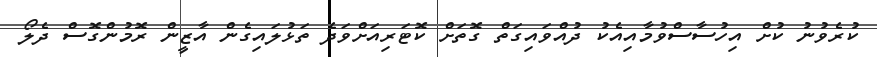
ކުރެވުނު ކުށް އިހުސާސްވުމާއިއެކު ދުއްވައިގަތް ގޮތަށް ކޮޓަރިއަށްވަދެ ތަޅުލައިގެން އާޒީން ރޮމުންގޮސް ދެލޯ